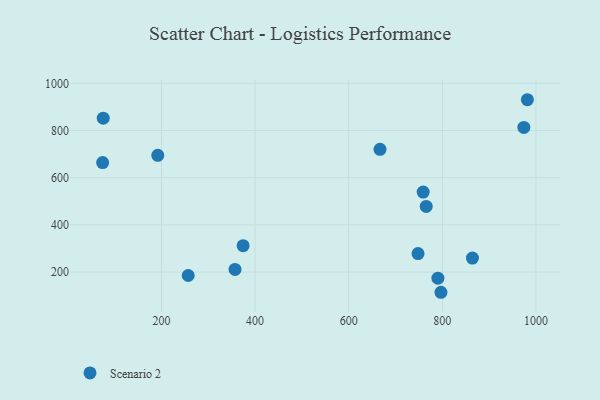
{"axis": {"x": "Engine Size", "y": "Rating"}, "legend": ["Scenario 2"], "data": [{"x": "357.1", "y": 211.4, "type": "Scenario 2"}, {"x": "748.0", "y": 278.6, "type": "Scenario 2"}, {"x": "864.3", "y": 259.4, "type": "Scenario 2"}, {"x": "759.0", "y": 539.1, "type": "Scenario 2"}, {"x": "75.6", "y": 852.1, "type": "Scenario 2"}, {"x": "192.1", "y": 694.9, "type": "Scenario 2"}, {"x": "974.1", "y": 812.9, "type": "Scenario 2"}, {"x": "765.5", "y": 478.4, "type": "Scenario 2"}, {"x": "666.8", "y": 720.4, "type": "Scenario 2"}, {"x": "797.0", "y": 114.4, "type": "Scenario 2"}, {"x": "981.6", "y": 930.4, "type": "Scenario 2"}, {"x": "257.1", "y": 185.5, "type": "Scenario 2"}, {"x": "74.3", "y": 663.9, "type": "Scenario 2"}, {"x": "374.4", "y": 311.7, "type": "Scenario 2"}, {"x": "790.5", "y": 174.1, "type": "Scenario 2"}]}